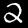
Digit: 2